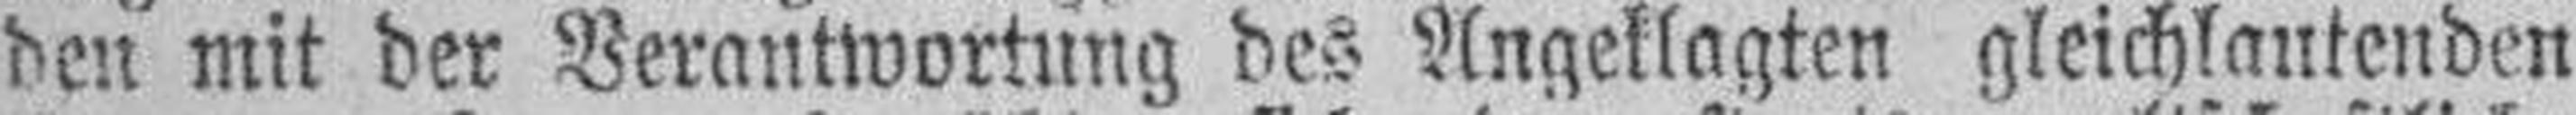
den mit der Verantwortung des Angeklagten gleichlautenden